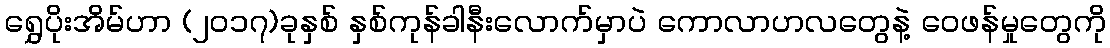
ရွှေပိုးအိမ်ဟာ (၂၀၁၇)ခုနှစ် နှစ်ကုန်ခါနီးလောက်မှာပဲ ကောလာဟလတွေနဲ့ ဝေဖန်မှုတွေကို